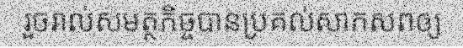
រួចរាល់សមត្ថកិច្ចបានប្រគល់សាកសពឲ្យ